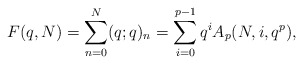
\begin{align*}F(q,N) = \sum_{n=0}^N (q;q)_n = \sum_{i=0}^{p-1} q^i A_p(N,i, q^p),\end{align*}